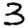
Digit: 3